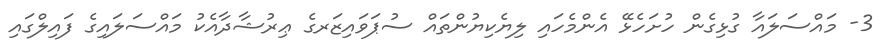
3- މައްސަލައާ ގުޅިގެން ހުށަހެޅޭ އެންމެހައި ލިޔެކިޔުންތައް ސުޕަވައިޒަރގެ ޢިރުޝާދާއެކު މައްސަލައިގެ ފައިލްގައި